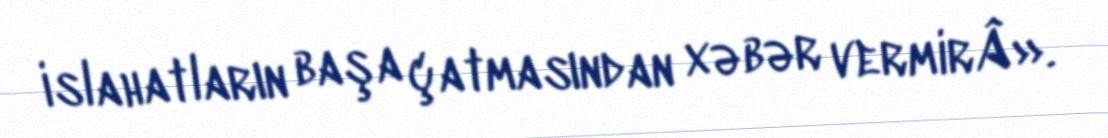
islahatların başa çatmasından xəbər vermirÂ».